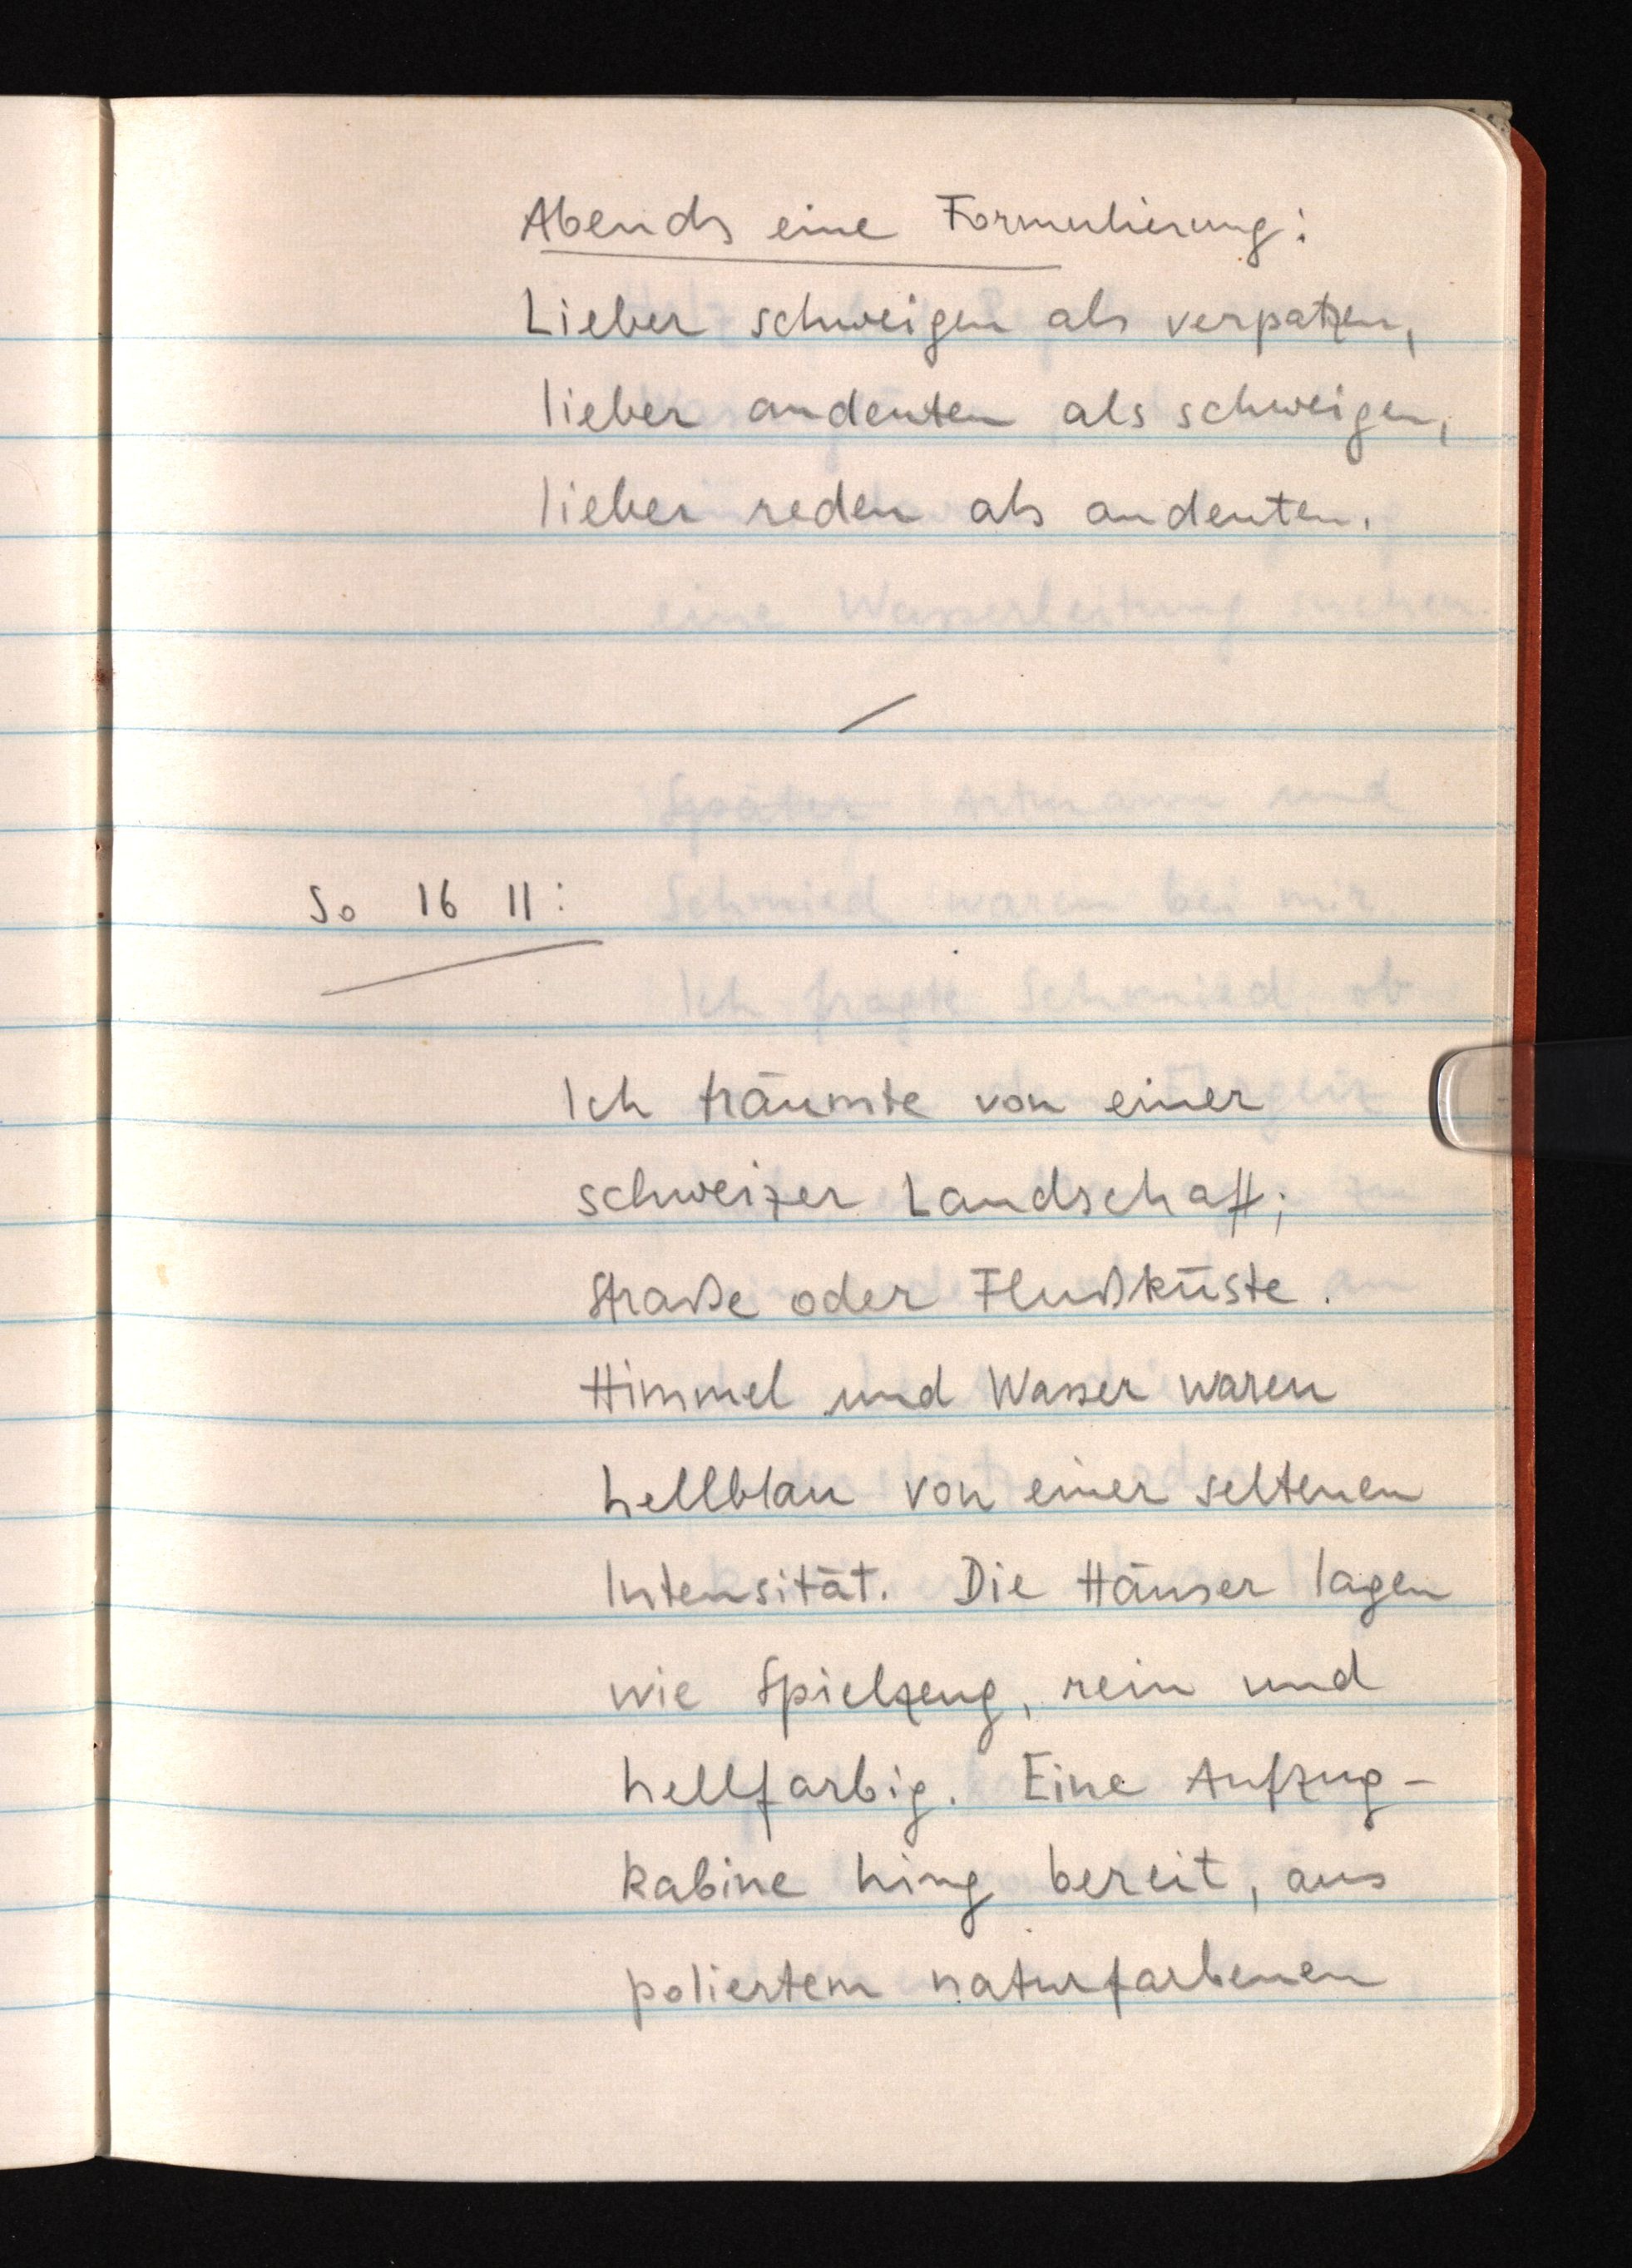
Abends eine Formulierung:
Lieber schweigen als verpatzen,
lieber andeuten als schweigen,
lieber reden als andeuten.
So 16 11:
Ich träumte von einer
schweizer Landschaft;
Straße oder Flußküste.
Himmel und Wasser waren
hellblau von einer seltenen
Intensität. Die Häuser lagen
wie Spielzeug, rein und
hellfarbig. Eine Aufzug¬
kabine hing bereit, aus
poliertem naturfarbenen